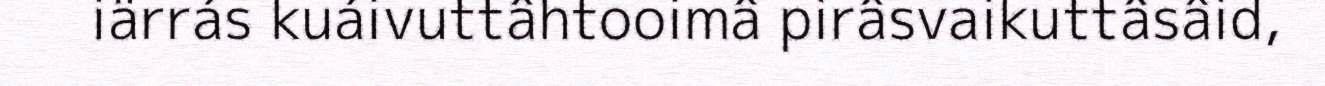
iärrás kuáivuttâhtooimâ pirâsvaikuttâsâid,